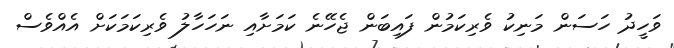
ވަހީދު ހަސަން މަނިކު ވެރިކަމުން ފައިބަން ޖެހޭނެ ކަމަށާއި ނަހަހާލު ވެރިކަމަކަށް އެއްވެސް